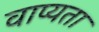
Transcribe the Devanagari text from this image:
वाप्यता